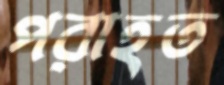
পরাহত